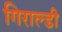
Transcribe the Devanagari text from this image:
गिराल्डी